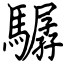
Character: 驏